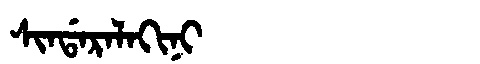
Manchu: ᠰᡳᠨᡩᠠᡵᠠᠯᠠᡴᡳᠨᡳ
Romanization: SINDARALAKINI